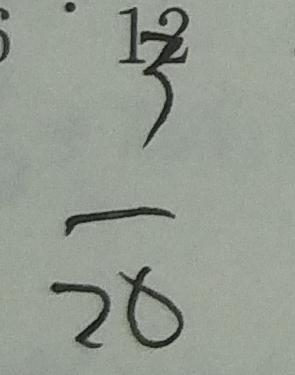
\frac { 3 } { 2 0 }